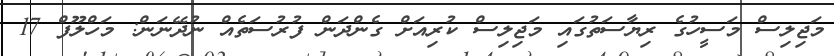
މަޖިލިސް މަސީހުގެ ރިޔާސަތުގައި މަޖިލިސް ކުރިއަށް ގެންދަން ފުރުސަތެއް ނުދޭނަން: މަހްލޫފް 17